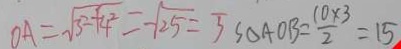
O A = \sqrt { 3 ^ { 2 } + 4 ^ { 2 } } = \sqrt { 2 5 } = 5 S _ { \Delta A O B } = \frac { 1 0 \times 3 } { 2 } = 1 5